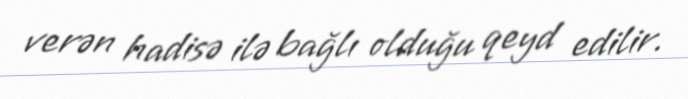
verən hadisə ilə bağlı olduğu qeyd edilir.